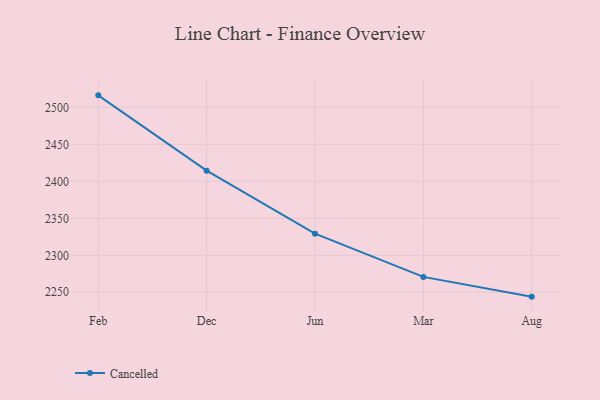
{"axis": {"x": "Month", "y": "Backlog"}, "legend": ["Cancelled"], "data": [{"x": "Feb", "y": 2516.2, "type": "Cancelled"}, {"x": "Dec", "y": 2414.4, "type": "Cancelled"}, {"x": "Jun", "y": 2329.2, "type": "Cancelled"}, {"x": "Mar", "y": 2270.8, "type": "Cancelled"}, {"x": "Aug", "y": 2244.1, "type": "Cancelled"}]}